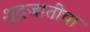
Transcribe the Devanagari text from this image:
शूद्रजातीचा